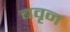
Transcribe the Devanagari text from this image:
बवृन